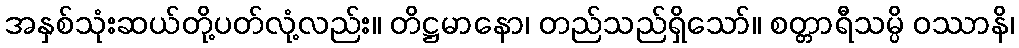
အနှစ်သုံးဆယ်တို့ပတ်လုံ့လည်း။ တိဋ္ဌမာနော၊ တည်သည်ရှိသော်။ စတ္တာရီသမ္ပိ ဝဿာနိ၊